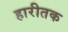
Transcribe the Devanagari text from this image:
हारीतक